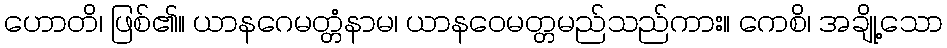
ဟောတိ၊ ဖြစ်၏။ ယာနဂေမတ္တံနာမ၊ ယာနဝေမတ္တမည်သည်ကား။ ကေစိ၊ အချို့သော